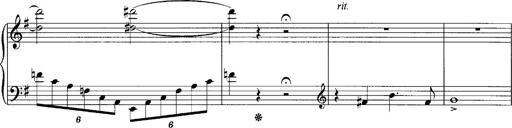
Title: Schlaflos! Frage und Antwort
Composer: Franz Liszt